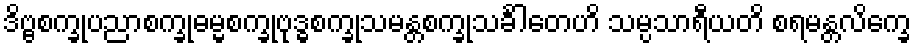
ဒိဗ္ဗစက္ခုပညာစက္ခုဓမ္မစက္ခုဗုဒ္ဓစက္ခုသမန္တစက္ခုသင်္ခါတေဟိ သမ္ပသာရီယတိ စရမန္တလိက္ခေ